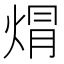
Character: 焨